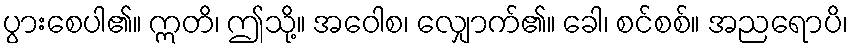
ပွားစေပါ၏။ ဣတိ၊ ဤသို့။ အဝေါစ၊ လျှောက်၏။ ခေါ၊ စင်စစ်။ အညရောပိ၊